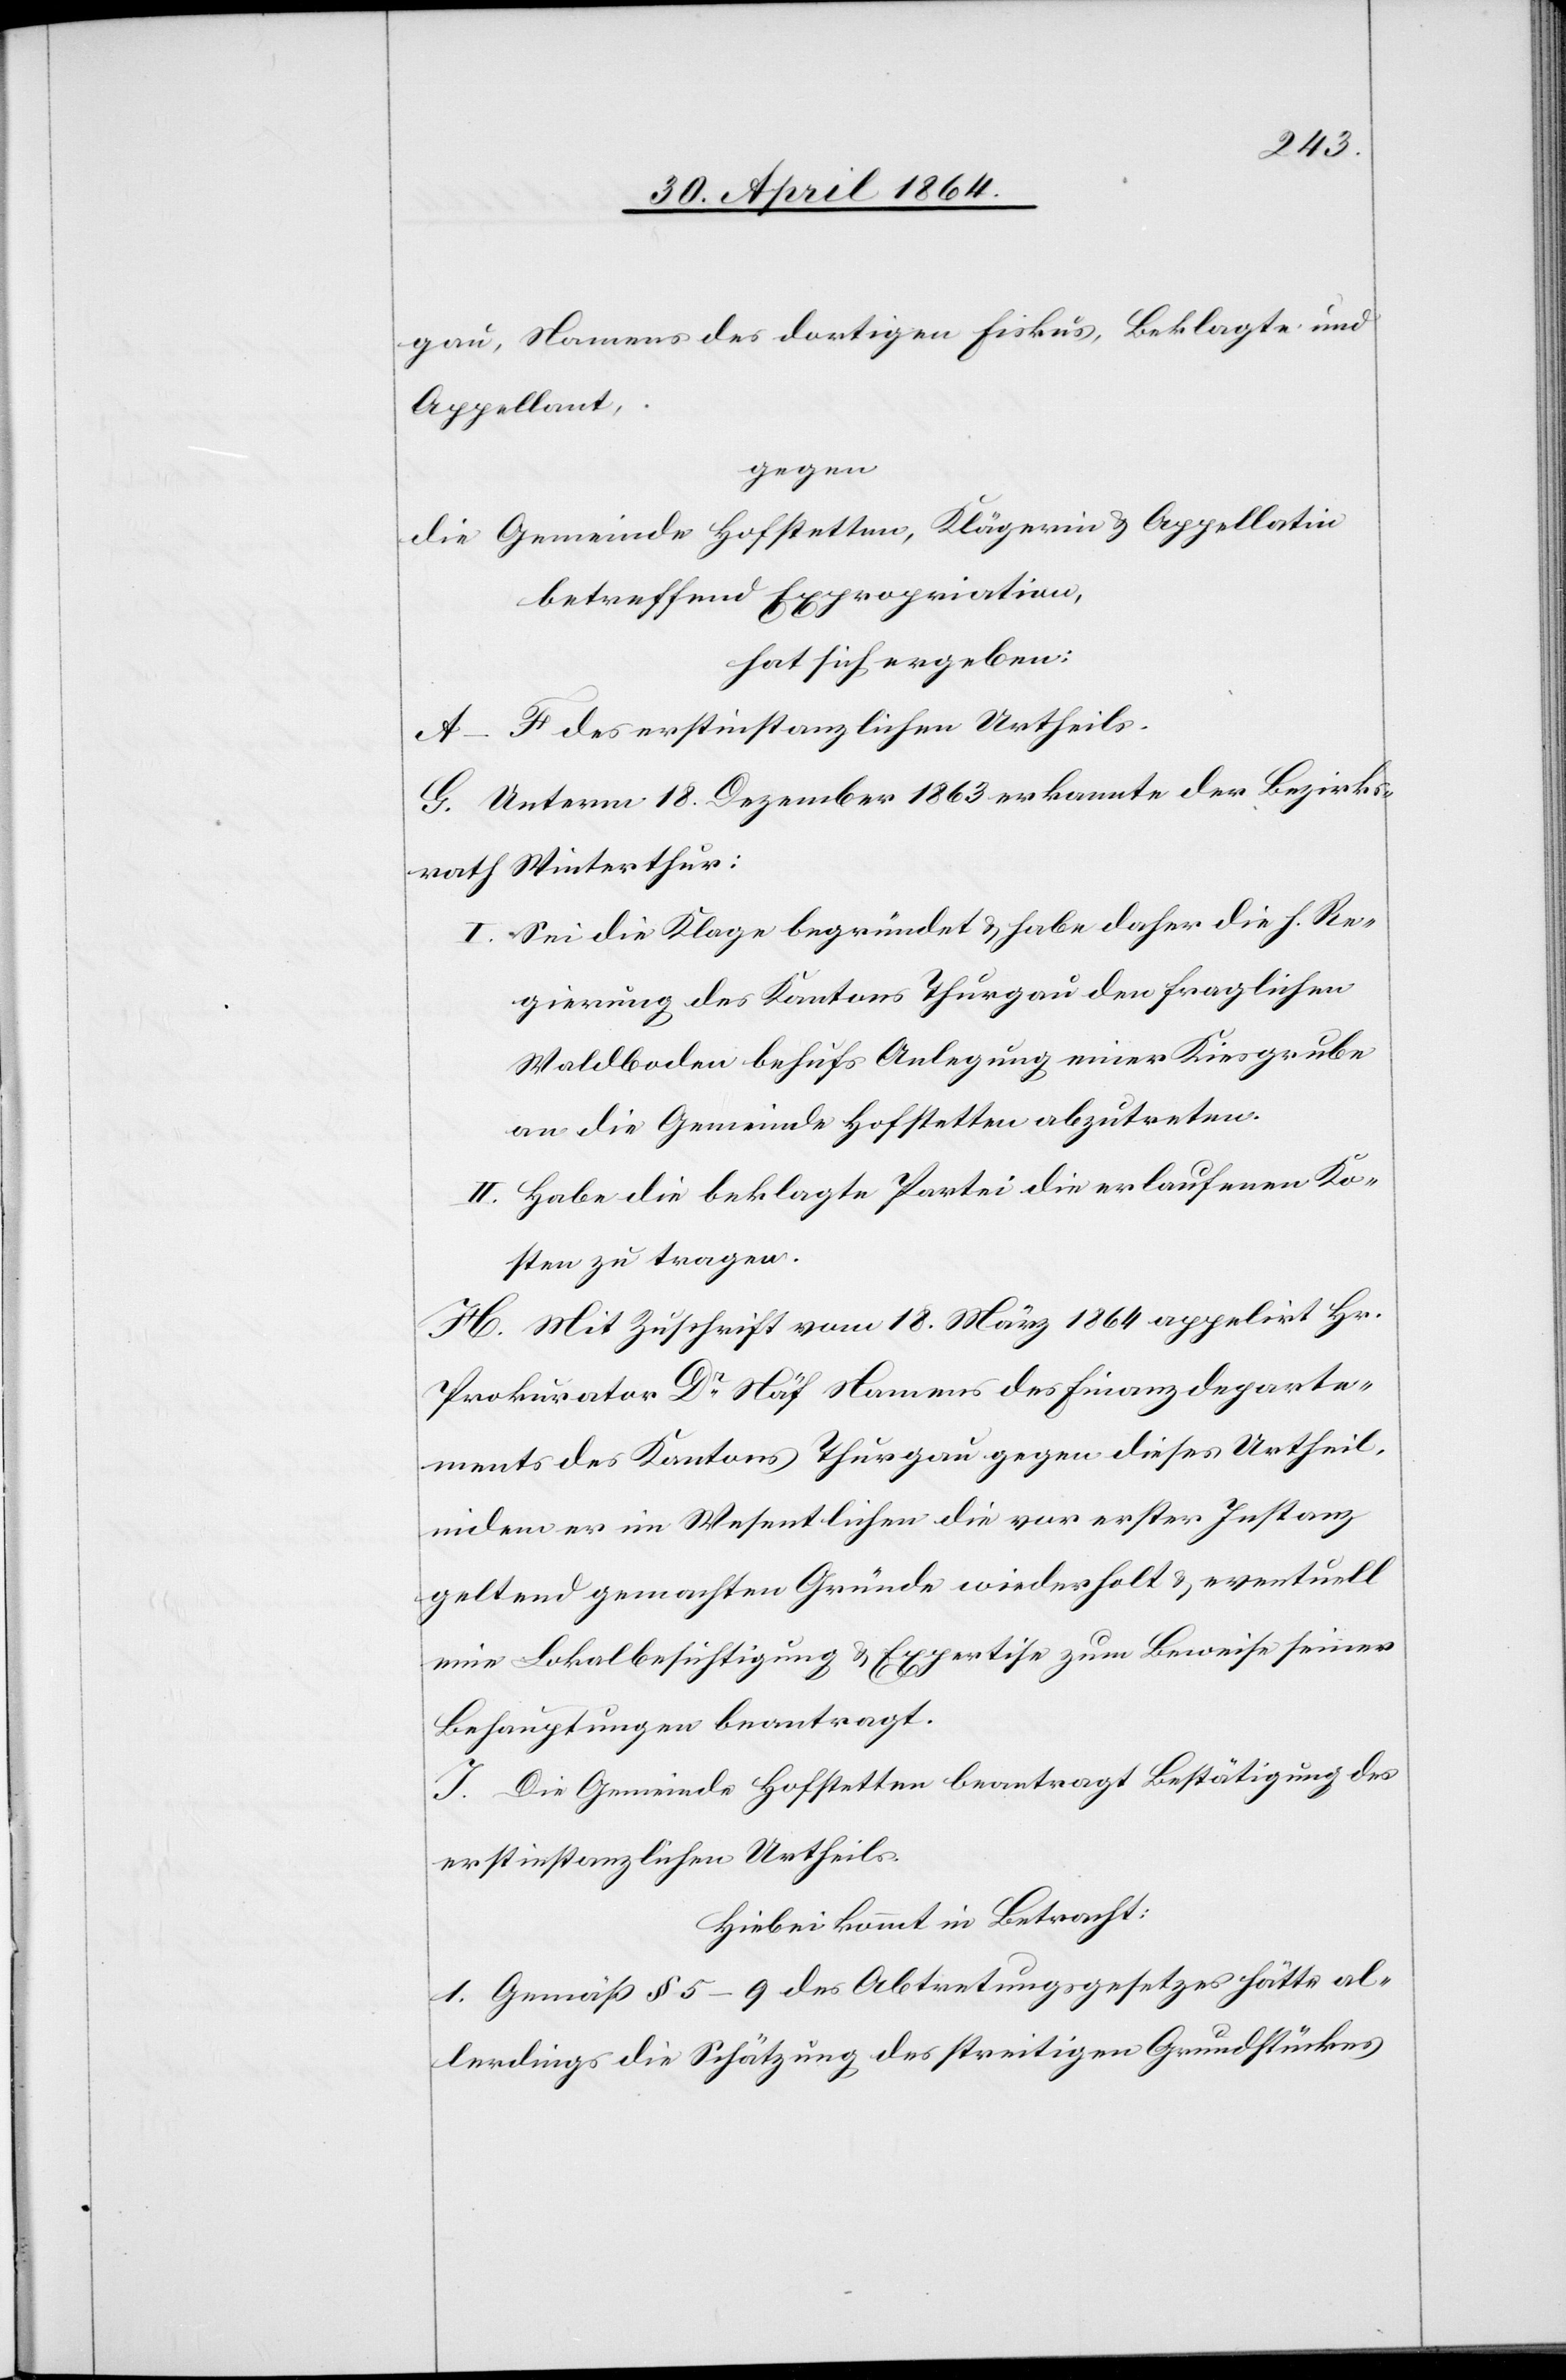
gau, Namens des dortigen Fiskus, Beklagte und
Appellant,
gegen
die Gemeinde Hofstetten, Klägerin u. Appellatin
betreffend Expropriation,
hat sich ergeben:
A–F des erstinstanzlichen Urtheils.
G. Unterm 18. Dezember 1863 erkannte der Bezirks¬
rath Winterthur:
I. Sei die Klage begründet u. habe daher die h. Re¬
gierung des Kantons Thurgau den fraglichen
Waldboden behufs Anlegung einer Kiesgrube
an die Gemeinde Hofstetten abzutreten.
II. Habe die beklagte Partei die erlaufenen Ko¬
sten zu tragen.
H. Mit Zuschrift vom 18. März 1864 appelirt Hr.
Prokurator Dr Näf Namens des Finanzdeparte¬
ments des Kantons Thurgau gegen dieses Urtheil,
indem er im Wesentlichen die vor erster Instanz
geltend gemachten Gründe wiederholt u. eventuell
eine Lokalbesichtigung u. Expertise zum Beweise seiner
Behauptungen beantragt.
I. Die Gemeinde Hofstetten beantragt Bestätigung des
erstinstanzlichen Urtheils.
Hiebei kommt in Betracht:
1. Gemäß § 5–9 des Abtretungsgesetzes hätte al¬
lerdings die Schätzung des streitigen Grundstückes